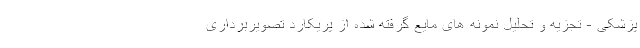
پزشکی - تجزیه و تحلیل نمونه های مایع گرفته شده از پریکارد تصویربرداری